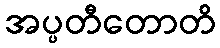
အပ္ပတီတောတိ